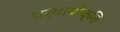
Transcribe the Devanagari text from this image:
पर्यायोक्ति